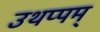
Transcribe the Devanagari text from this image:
उथप्पम्